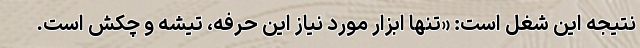
نتیجه این شغل است: «تنها ابزار مورد نیاز این حرفه، تیشه و چکش است.